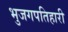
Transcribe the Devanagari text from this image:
भुजगपतिहारी